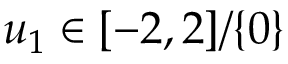
u _ { 1 } \in [ - 2 , 2 ] / \{ 0 \}